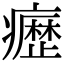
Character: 𭼰